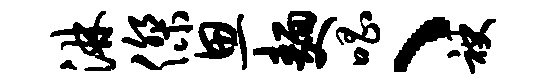
淋杰思面唱、袂